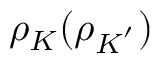
{ \rho } _ { K } ( { \rho } _ { K ^ { ' } } )